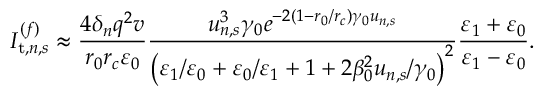
I _ { \mathrm { t } , n , s } ^ { ( f ) } \approx \frac { 4 \delta _ { n } q ^ { 2 } v } { r _ { 0 } r _ { c } \varepsilon _ { 0 } } \frac { u _ { n , s } ^ { 3 } \gamma _ { 0 } e ^ { - 2 \left( 1 - r _ { 0 } / r _ { c } \right) \gamma _ { 0 } u _ { n , s } } } { \left( \varepsilon _ { 1 } / \varepsilon _ { 0 } + \varepsilon _ { 0 } / \varepsilon _ { 1 } + 1 + 2 \beta _ { 0 } ^ { 2 } u _ { n , s } / \gamma _ { 0 } \right) ^ { 2 } } \frac { \varepsilon _ { 1 } + \varepsilon _ { 0 } } { \varepsilon _ { 1 } - \varepsilon _ { 0 } } .